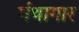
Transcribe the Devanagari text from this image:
गंथागार